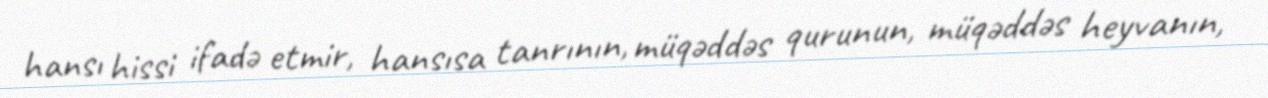
hansı hissi ifadə etmir, hansısa tanrının, müqəddəs qurunun, müqəddəs heyvanın,